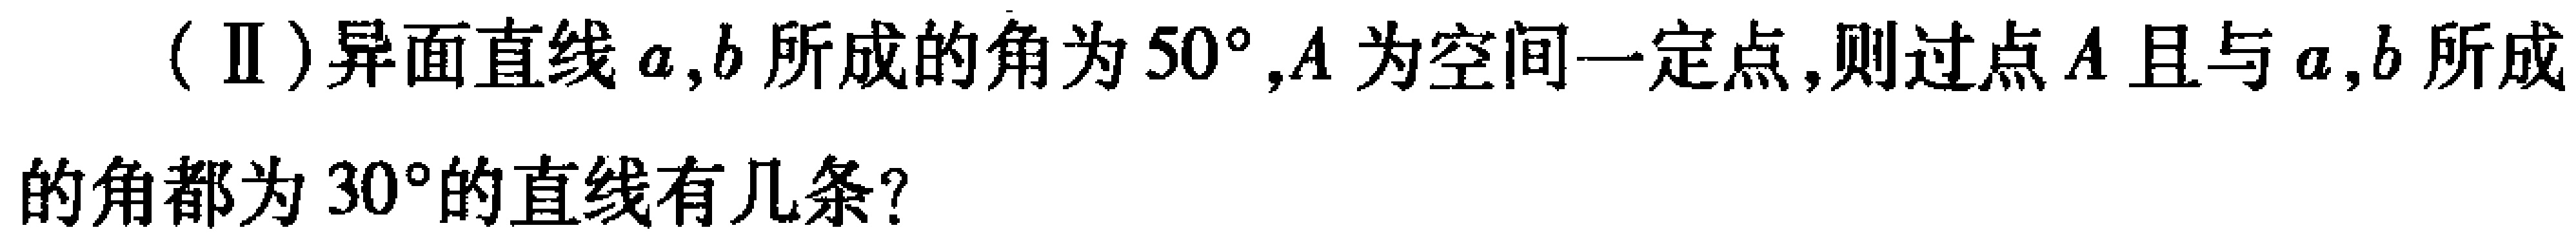
(Ⅱ)异面直线\(a,b\)所成的角为\(50^{\circ}\)，\(A\)为空间一定点，则过点\(A\)且与\(a,b\)所成的角都为\(30^{\circ}\)的直线有几条？